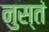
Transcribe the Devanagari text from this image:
नुस्तं